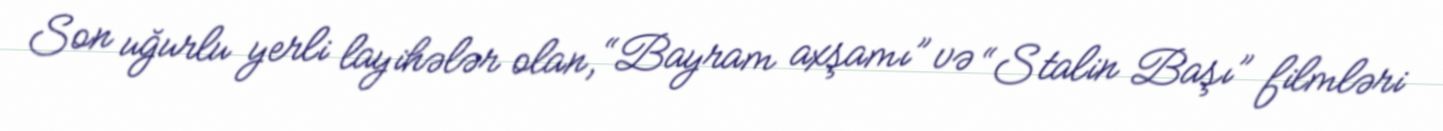
Son uğurlu yerli layihələr olan, “Bayram axşamı” və “Stalin Başı” filmləri